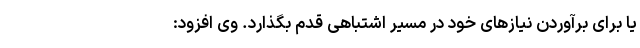
یا برای برآوردن نیازهای خود در مسیر اشتباهی قدم بگذارد. وی افزود: